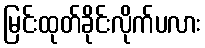
မြင်းထုတ်ခိုင်းလိုက်ပလား